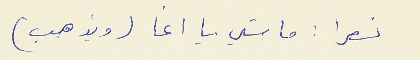
نصرا : ما شي يا اغا (ويذهب)